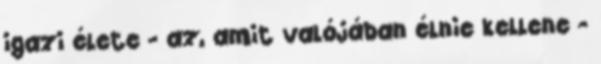
igazi élete - az, amit valójában élnie kellene -